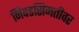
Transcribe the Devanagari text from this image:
निवडसिमतीवर